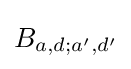
B_{a,d;a',d'}